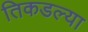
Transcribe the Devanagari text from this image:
तिकडल्या